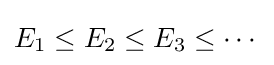
E_{1}\leq E_{2}\leq E_{3}\leq \cdots